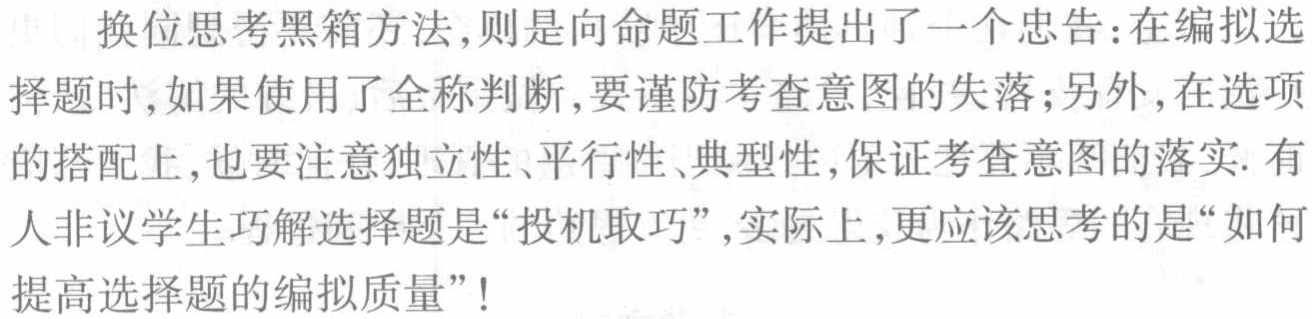
换位思考黑箱方法,则是向命题工作提出了一个忠告:在编拟选择题时,如果使用了全称判断,要谨防考查意图的失落;另外,在选项的搭配上,也要注意独立性、平行性、典型性,保证考查意图的落实. 有人非议学生巧解选择题是“投机取巧”,实际上,更应该思考的是“如何提高选择题的编拟质量”!